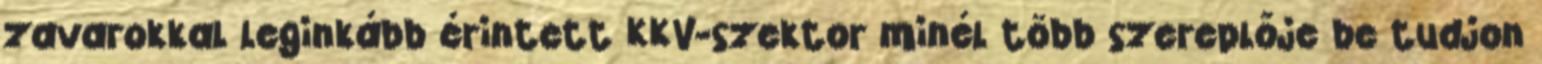
zavarokkal leginkább érintett KKV-szektor minél több szereplője be tudjon